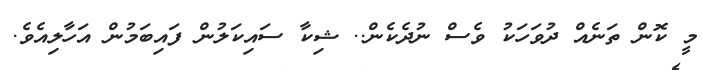
މީ ކޮން ތަނެއް ދުވަހަކު ވެސް ނުދެކެން.. ޝިކާ ސައިކަލުން ފައިބަމުން އަހާލިއެވެ.